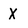
Character: X